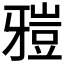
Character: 𤘑